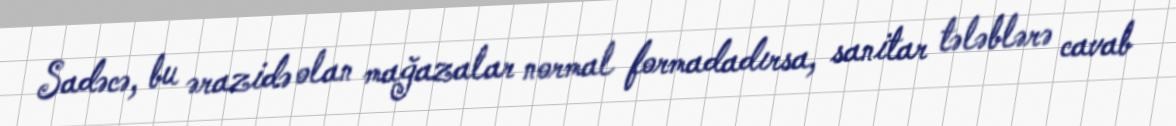
Sadəcə, bu ərazidə olan mağazalar normal formadadırsa, sanitar tələblərə cavab